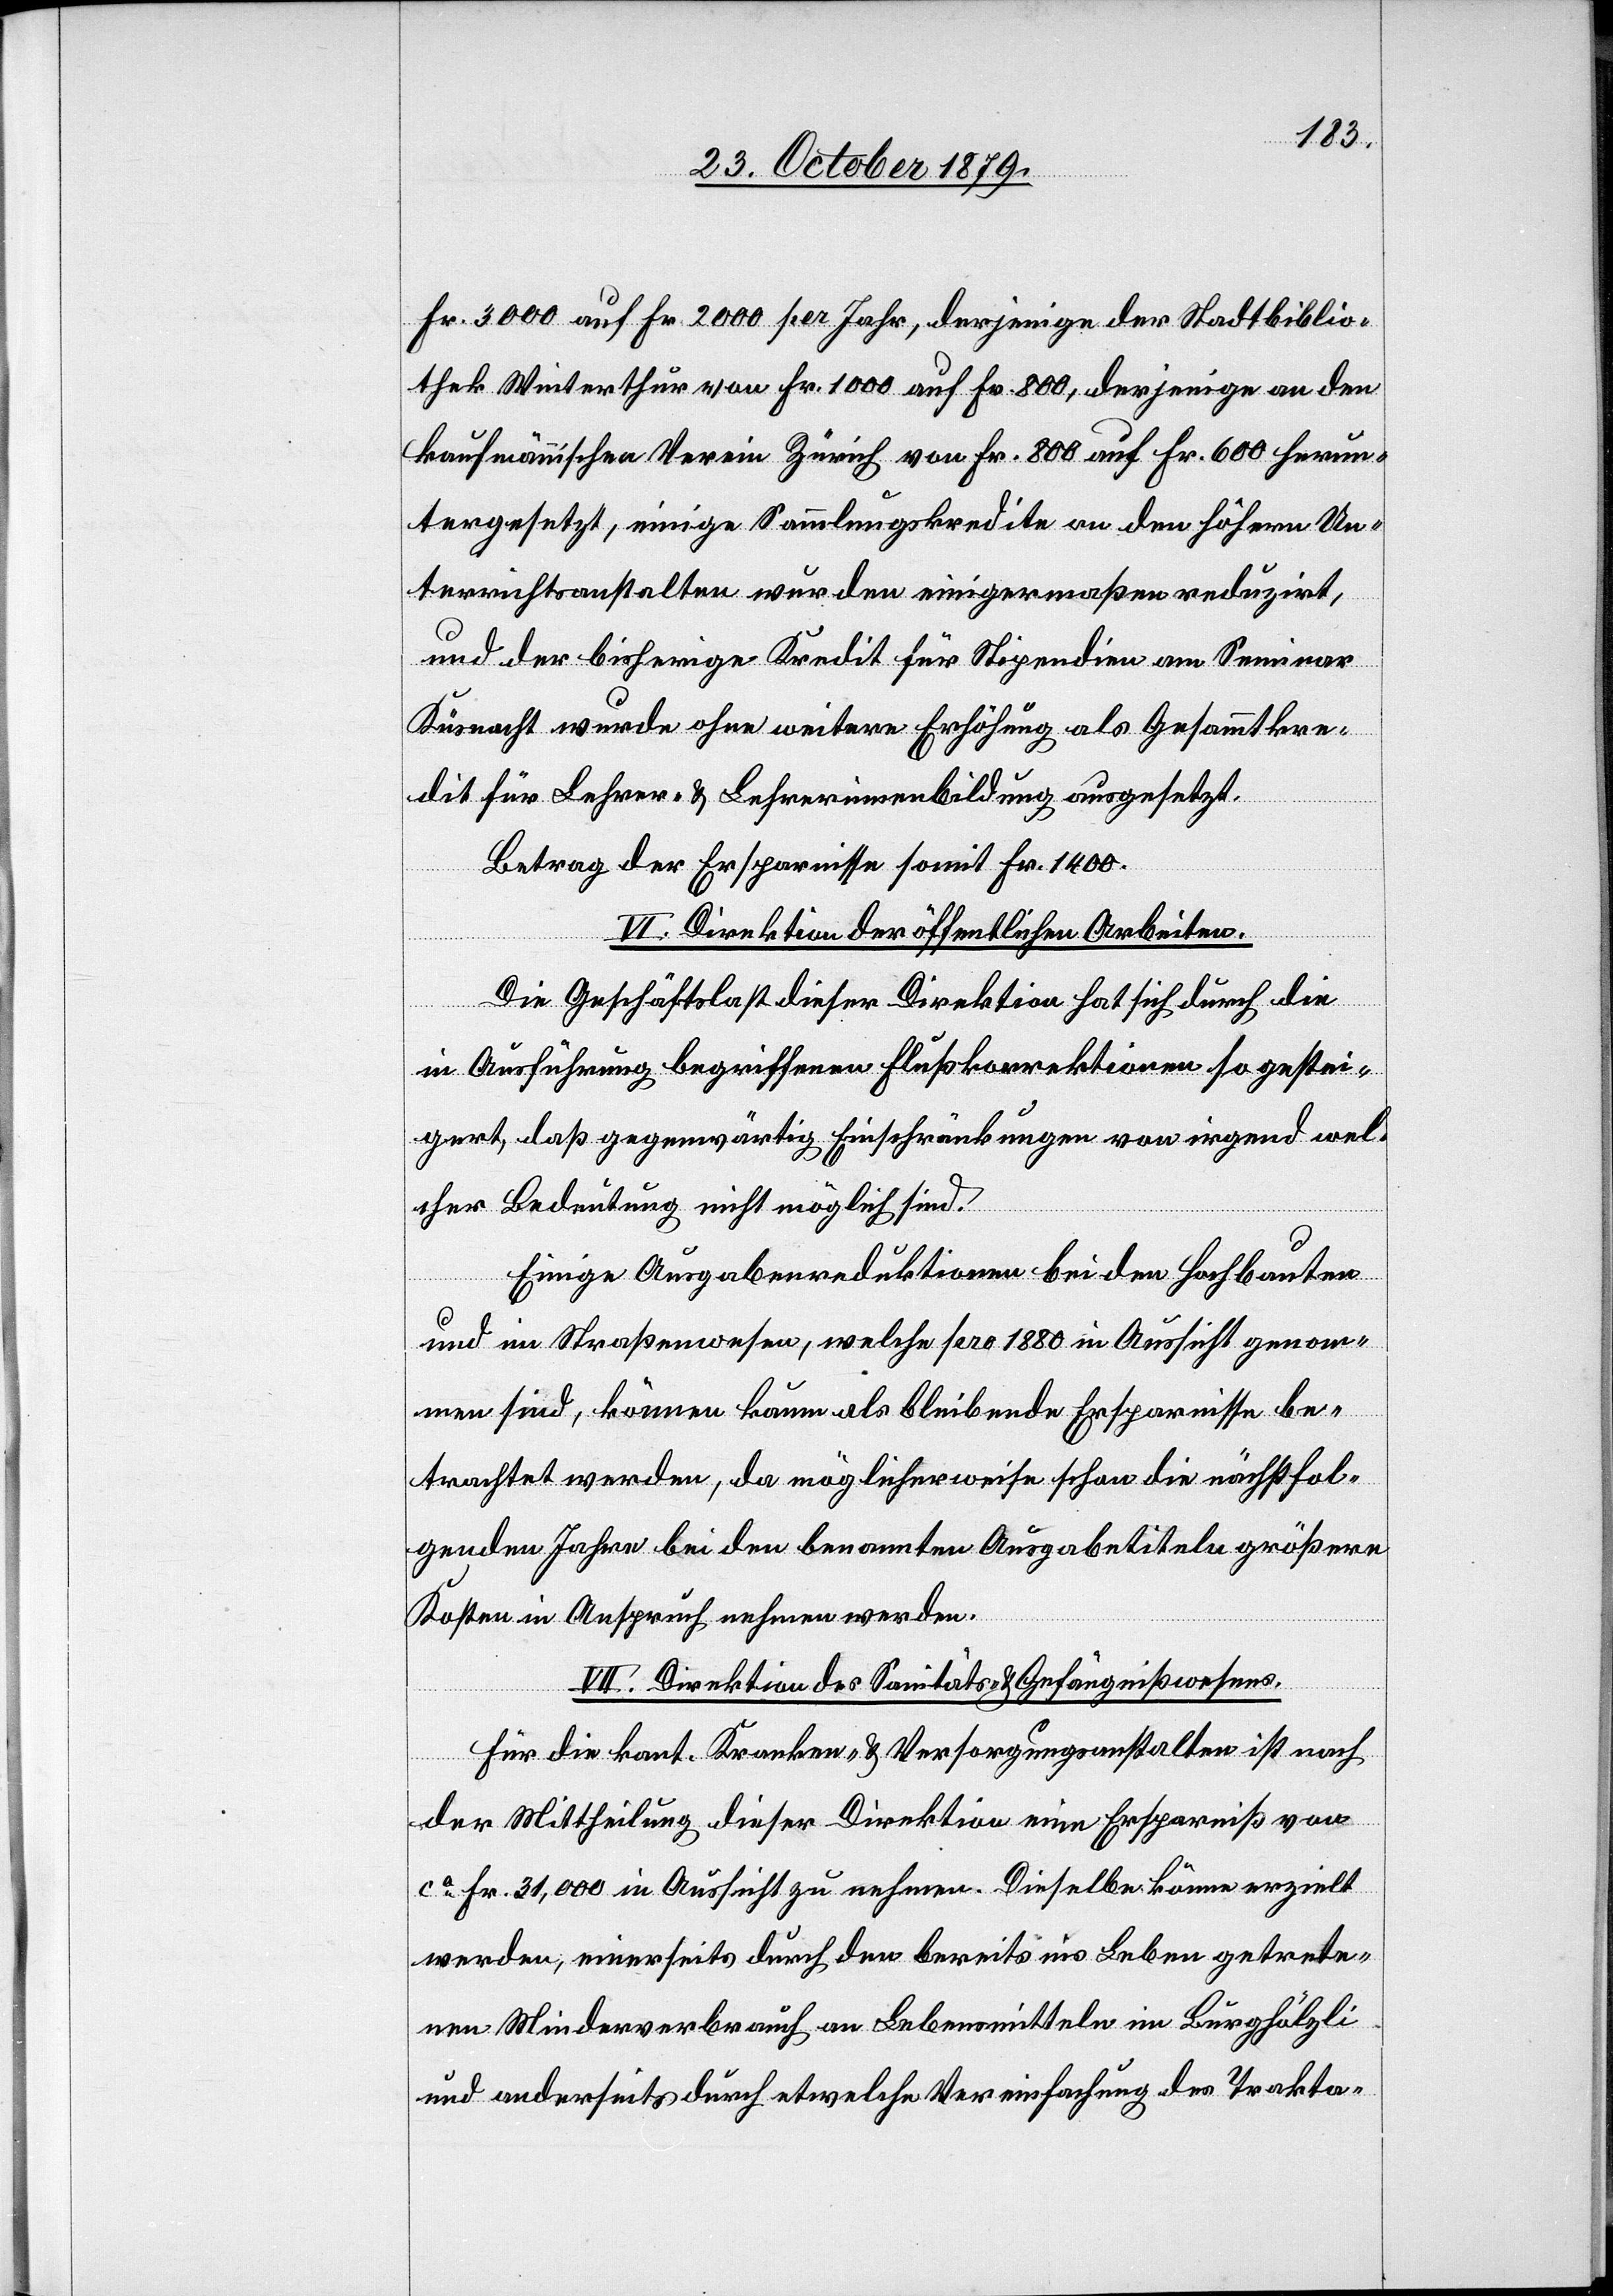
Fr. 3000 auf Fr. 200 pro Jahr, derjenige der Stadtbiblio¬
thek Winterthur von Fr. 1000 auf Fr. 800, derjenige an den
kaufmännischen Verein Zürich von Fr. 800 auf Fr. 600 run¬
tergesetzt, einige Sammlungskredite an den höhern Un¬
terrichtsanstalten wurden einigermaßen reduzirt,
und der bisherige Kredit für Stipendien am Seminar
Küsnacht wurde ohne weitere Erhöhung als Gesammtkre¬
dit für Lehrer- & Lehrerinnenbildung ausgesetzt.
Betrag der Ersparnisse somit Fr. 1400.
VI. Direktion der öffentlichen Arbeiten.
Die Geschäftslast dieser Direktion hat sich durch die
in Ausführung begriffenen Flußkorrektionen so gestei¬
gert, daß gegenwärtig Einschränkungen von irgend wel¬
cher Bedeutung nicht möglich sind.
Einige Ausgabenreduktionen bei den Hochbauten
und im Straßenwesen, welche pro 1880 in Aussicht genom¬
men sind, können kaum als bleibende Ersparnisse be¬
trachtet werden, da möglicherweise schon die nächstfol¬
genden Jahre bei den benannten Ausgabetiteln größere
Kosten in Anspruch nehmen werden.
VII. Direktion des Sanitäts- & Gefängnißwesens.
Für die kant. Kranken- & Versorgungsanstalten ist nach
der Mittheilung dieser Direktion eine Ersparniß von
ca Fr. 31,000 in Aussicht zu nehmen. Dieselbe könne erzielt
werden, einerseits durch den bereits ins Leben getrete¬
nen Minderverbrauch an Lebensmitteln im Burghölzli
und anderseits durch etwelche Vereinfachung des Trakta-